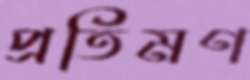
প্রতিমণ